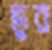
ভুর